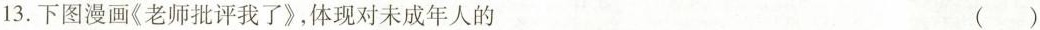
13.下图漫画《老师批评我了》，体现对未成年人的 ()